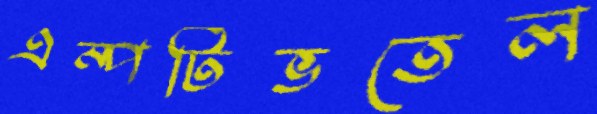
এম্পটিভতেল